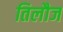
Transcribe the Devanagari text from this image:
तिलौज